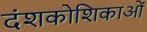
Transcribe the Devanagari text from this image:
दंशकोशिकाओं